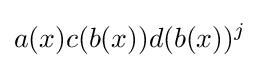
a(x)c(b(x))d(b(x))^{j}